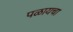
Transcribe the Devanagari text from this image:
पळायचा